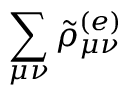
\displaystyle \sum _ { \mu \nu } \tilde { \rho } _ { \mu \nu } ^ { ( e ) }